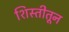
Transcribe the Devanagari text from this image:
शिस्तीतून